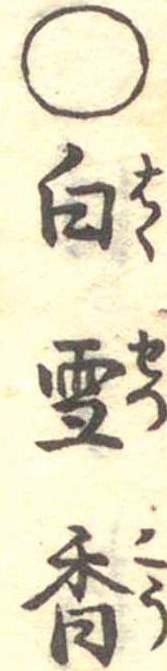
○白雪香